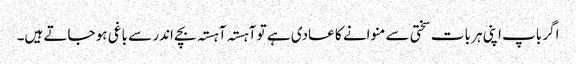
اگر باپ اپنی ہر بات سختی سے منوانے کا عادی ہے تو آہستہ آہستہ بچے اندر سے باغی ہو جاتے ہیں۔